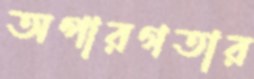
অপারগতার